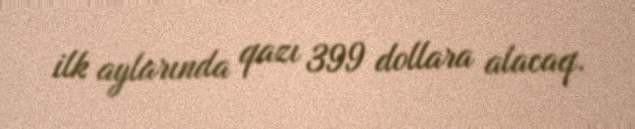
ilk aylarında qazı 399 dollara alacaq.